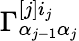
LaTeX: \Gamma_{\alpha_{j-1}\alpha_{j}}^{[j]i_{j}}